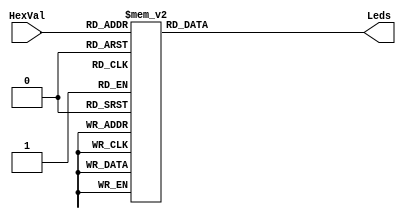
// Hex27Seg.v
// Decode a four-bit binary pattern HexVal into active low LED
// excitation signals for a conventional seven-segment display,
// providing hexadecimal digits 0 thru F.
//
module Hex27Seg(Leds,HexVal);
  output[0:6] Leds;
  input [3:0] HexVal;
  reg   [0:6] Leds;

  always @(HexVal)
  begin
    case(HexVal)
      4'h0:  Leds = 7'b000_0001;  // forms the character for 0
      4'h1:  Leds = 7'b100_1111;  // forms the character for 1
      4'h2:  Leds = 7'b001_0010;  // forms the character for 2
      4'h3:  Leds = 7'b000_0110;  // forms the character for 3
      4'h4:  Leds = 7'b100_1100;  // forms the character for 4
      4'h5:  Leds = 7'b010_0100;  // forms the character for 5
      4'h6:  Leds = 7'b010_0000;  // forms the character for 6
      4'h7:  Leds = 7'b000_1111;  // forms the character for 7
      4'h8:  Leds = 7'b000_0000;  // forms the character for 8
      4'h9:  Leds = 7'b000_0100;  // forms the character for 9
      4'hA:  Leds = 7'b000_1000;  // forms the character for A
      4'hB:  Leds = 7'b110_0000;  // forms the character for B
      4'hC:  Leds = 7'b011_0001;  // forms the character for C
      4'hD:  Leds = 7'b100_0010;  // forms the character for D
      4'hE:  Leds = 7'b011_0000;  // forms the character for E
      4'hF:  Leds = 7'b011_1000;  // forms the character for F
      default:  Leds = 7'b111_1111; //  a blank default
    endcase
  end
endmodule